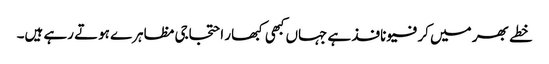
خطے بھر میں کرفیو نافذ ہے جہاں کبھی کبھار احتجاجی مظاہرے ہوتے رہے ہیں۔